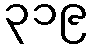
၃၁၉